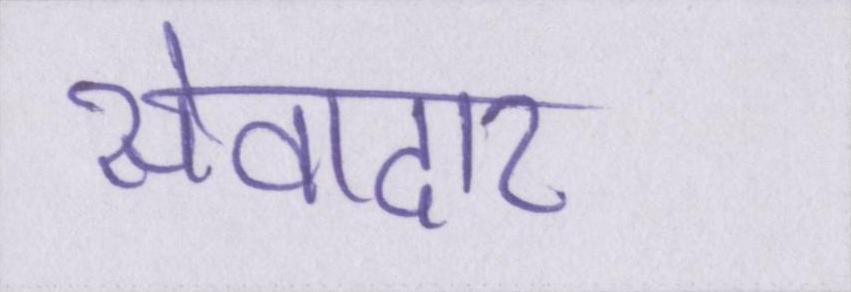
सेवादार